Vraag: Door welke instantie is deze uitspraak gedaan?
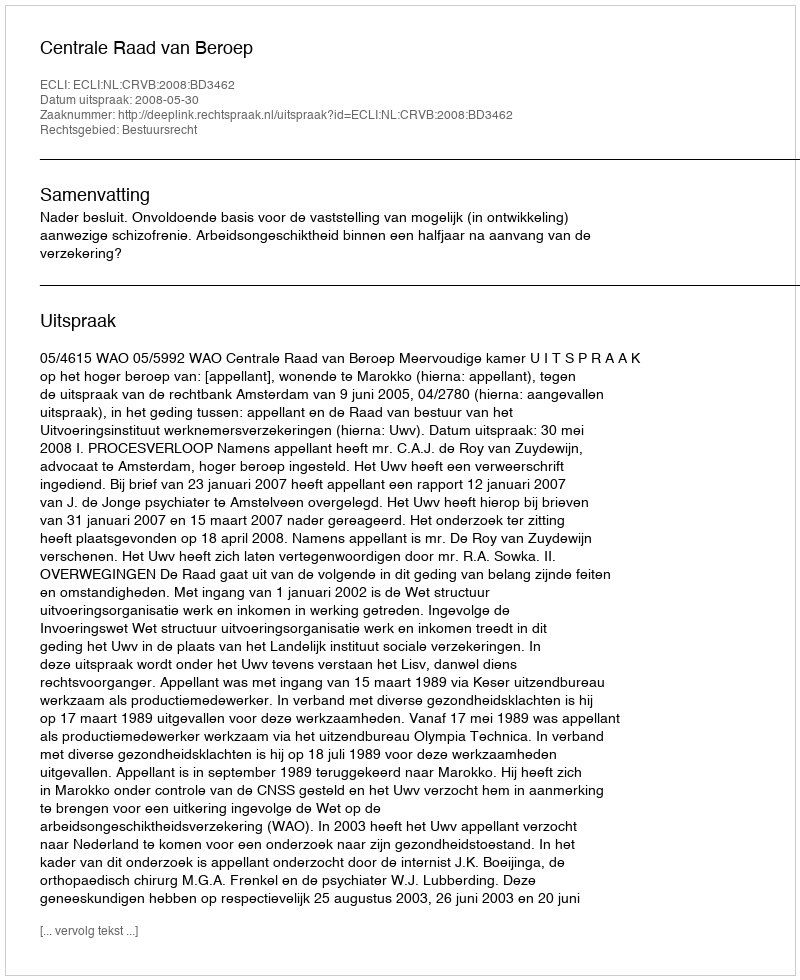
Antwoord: Centrale Raad van Beroep